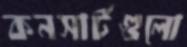
কনসার্টগুলো